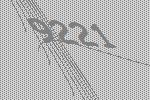
9221